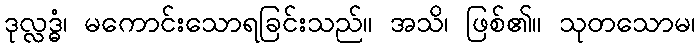
ဒုလ္လဒ္ဓံ၊ မကောင်းသောရခြင်းသည်။ အသိ၊ ဖြစ်၏။ သုတသောမ၊